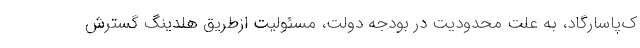
ک‌پاسارگاد، به علت محدودیت در بودجه دولت، مسئولیت ازطریق هلدینگ گسترش